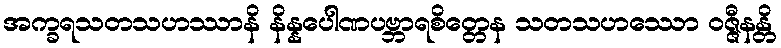
အက္ခရသတသဟဿာနိ နိန္နပေါဏပဗ္ဘာရစိတ္တေန သတသဟဿော ဝဇ္ဇီနန္တိ